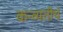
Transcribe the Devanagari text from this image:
कन्व्यतीर्थ